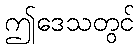
ဤဒေသတွင်